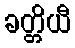
ခတ္တိယီ